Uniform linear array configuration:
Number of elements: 12
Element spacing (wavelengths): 1
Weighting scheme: hann
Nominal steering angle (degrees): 15
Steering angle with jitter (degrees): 13.99
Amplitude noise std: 0.05
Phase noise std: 0.05

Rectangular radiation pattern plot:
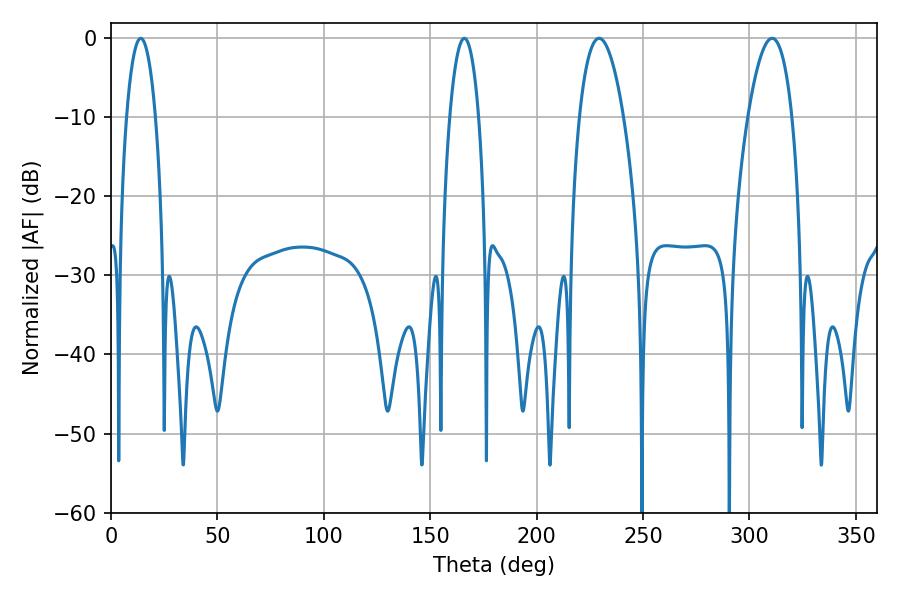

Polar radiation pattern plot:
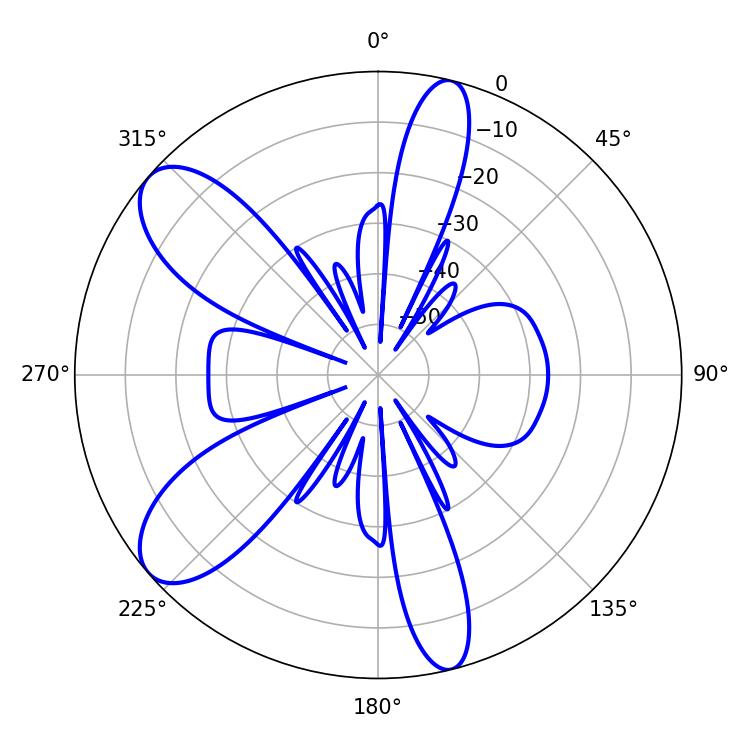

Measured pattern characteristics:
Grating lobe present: TRUE
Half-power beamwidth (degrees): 11.52
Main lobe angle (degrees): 229.32